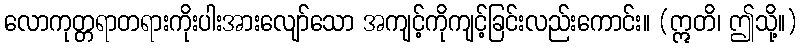
လောကုတ္တရာတရားကိုးပါးအားလျော်သော အကျင့်ကိုကျင့်ခြင်းလည်းကောင်း။ (ဣတိ၊ ဤသို့။)